Indian Civil Veterinary Department memoirs
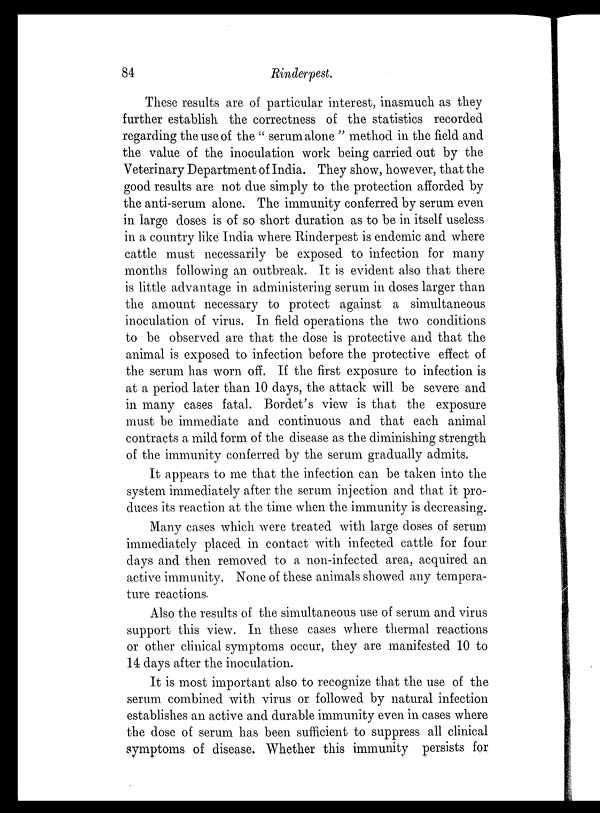
84
Rinderpest.
These results are of particular interest, inasmuch as they
further establish the correctness of the statistics recorded
regarding the use of the " serum alone " method in the field and
the value of the inoculation work being carried out by the
Veterinary Department of India. They show, however, that the
good results are not due simply to the protection afforded by
the anti-serum alone. The immunity conferred by serum even
in large doses is of so short duration as to be in itself useless
in a country like India where Rinderpest is endemic and where
cattle must necessarily be exposed to infection for many
months following an outbreak. It is evident also that there
is little advantage in administering serum in doses larger than
the amount necessary to protect against a simultaneous
inoculation of virus. In field operations the two conditions
to be observed are that the dose is protective and that the
animal is exposed to infection before the protective effect of
the serum has worn off. If the first exposure to infection is
at a period later than 10 days, the attack will be severe and
in many cases fatal. Bordet's view is that the exposure
must be immediate and continuous and that each animal
contracts a mild form of the disease as the diminishing strength
of the immunity conferred by the serum gradually admits.
It appears to me that the infection can be taken into the
system immediately after the serum injection and that it pro-
duces its reaction at the time when the immunity is decreasing.
Many cases which were treated with large doses of serum
immediately placed in contact with infected cattle for four
days and then removed to a non-infected area, acquired an
active immunity. None of these animals showed any tempera-
ture reactions.
Also the results of the simultaneous use of serum and virus
support this view. In these cases where thermal reactions
or other clinical symptoms occur, they are manifested 10 to
14 days after the inoculation.
It is most important also to recognize that the use of the
serum combined with virus or followed by natural infection
establishes an active and durable immunity even in cases where
the dose of serum has been sufficient to suppress all clinical
symptoms of disease. Whether this immunity persists for